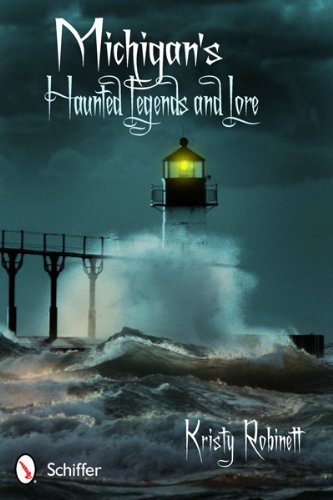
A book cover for Michigan's Haunted Legends and Lore; Kristy Robinett; Humor & Entertainment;